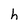
Character: h